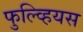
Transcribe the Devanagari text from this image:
फुल्व्हियस